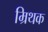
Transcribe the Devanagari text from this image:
म्रिथक